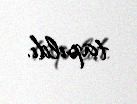
tapıldı.